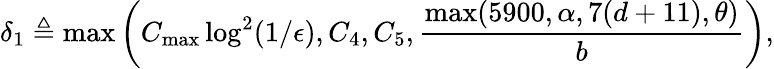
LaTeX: \delta_{1}\triangleq\operatorname*{max}\left(C_{\mathrm{max}}\log^{2}(1/\epsilon),C_{4},C_{5},\frac{\operatorname*{max}(5900,\alpha,7(d+11),\theta)}{b}\right),